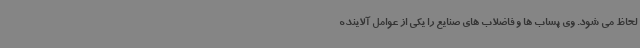
لحاظ می شود. وی پساب ها و فاضلاب های صنایع را یکی از عوامل آلاینده